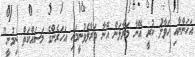
އަހަންނާއި ހަވާލު ކުރީ އޭނާ މަރާލަން އޭނާ މަރާލެވުނީމައި އަހަރެންގެ މަސައްކަތް ނިމުނީ"